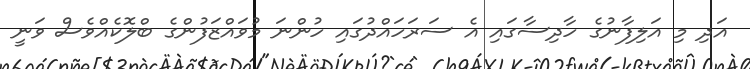
އަދި މި އަލިފާނުގެ ހާދިސާގައި އެ ސަރަހައްދުގައި ހުންނަ މުވައްޒަފުންގެ ބްލޮކެއްވެސް ވަނީ